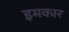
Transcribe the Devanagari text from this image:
इमकार